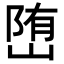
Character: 𡺆